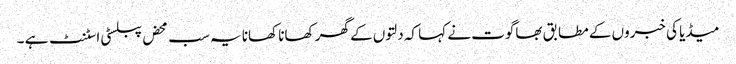
میڈیا کی خبروں کے مطابق بھاگوت نے کہا کہ دلتوں کے گھر کھانا کھانا یہ سب محض پبلسٹی اسٹنٹ ہے ۔